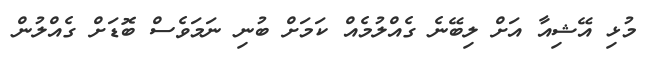
މުޅި އޭޝިއާ އަށް ލިބޭނެ ގެއްލުމެއް ކަމަށް ބުނި ނަމަވެސް ބޮޑަށް ގެއްލުން